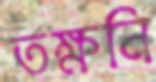
তক্ষনি